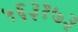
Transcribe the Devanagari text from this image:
५६३१७३